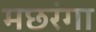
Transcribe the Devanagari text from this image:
मछरंगा